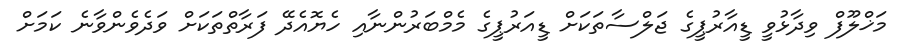
މަޚްލޫފް ވިދާޅުވީ ޑީއާރުޕީގެ ޖަލްސާތަކަށް ޑީއަރުޕީގެ މެމްބަރުންނާއި ހެޔޮއެދޭ ފަރާތްތަކަށް ވަދެވެންވާނެ ކަމަށް